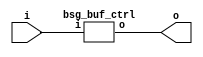
// This program was cloned from: https://github.com/chipsalliance/synlig
// License: Apache License 2.0



module top
(
  i,
  o
);

  output [15:0] o;
  input i;

  bsg_buf_ctrl
  wrapper
  (
    .o(o),
    .i(i)
  );


endmodule



module bsg_buf_ctrl
(
  i,
  o
);

  output [15:0] o;
  input i;
  wire [15:0] o;
  wire o_15_;
  assign o_15_ = i;
  assign o[0] = o_15_;
  assign o[1] = o_15_;
  assign o[2] = o_15_;
  assign o[3] = o_15_;
  assign o[4] = o_15_;
  assign o[5] = o_15_;
  assign o[6] = o_15_;
  assign o[7] = o_15_;
  assign o[8] = o_15_;
  assign o[9] = o_15_;
  assign o[10] = o_15_;
  assign o[11] = o_15_;
  assign o[12] = o_15_;
  assign o[13] = o_15_;
  assign o[14] = o_15_;
  assign o[15] = o_15_;

endmodule